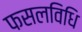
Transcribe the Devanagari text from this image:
फसलविधि